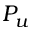
P _ { u }